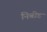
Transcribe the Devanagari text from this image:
निबीड